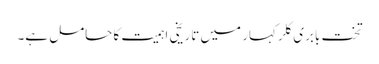
تخت بابری کلر کہار میں تاریخی اہمیت کا حامل ہے۔